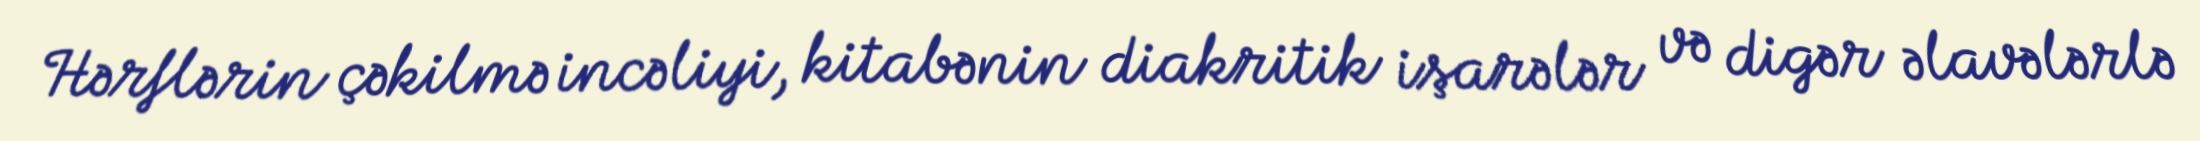
Hərflərin çəkilmə incəliyi, kitabənin diakritik işarələr və digər əlavələrlə